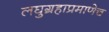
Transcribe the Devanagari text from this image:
लघुग्रहाप्रमाणेच